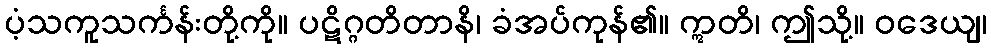
ပံ့သကူသင်္ကန်းတို့ကို။ ပဋိဂ္ဂတိတာနိ၊ ခံအပ်ကုန်၏။ ဣတိ၊ ဤသို့။ ဝဒေယျ၊